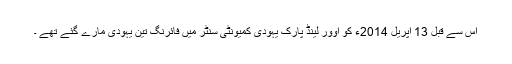
اس سے قبل 13 اپریل 2014ء کو اوور لینڈ پارک یہودی کمیونٹی سنٹر میں فائرنگ تین یہودی مارے گئے تھے ۔